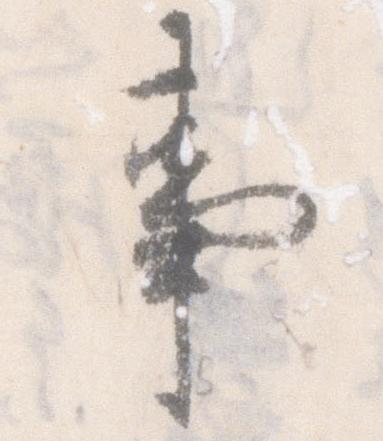
事